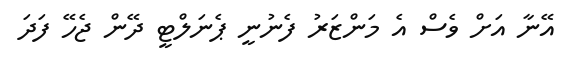
އޭނާ އަށް ވެސް އެ މަންޒަރު ފެނުނީ ޕެނަލްޓީ ދޭން ޖެހޭ ފަދަ